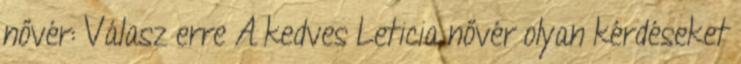
nővér: Válasz erre A kedves Leticia nővér olyan kérdéseket